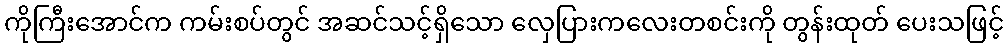
ကိုကြီးအောင်က ကမ်းစပ်တွင် အဆင်သင့်ရှိသော လှေပြားကလေးတစင်းကို တွန်းထုတ် ပေးသဖြင့်